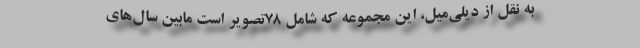
به نقل از دیلی‌میل، این مجموعه که شامل ۷۸‌تصویر است مابین سال‌های